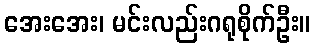
အေးအေး၊ မင်းလည်းဂရုစိုက်ဦး။